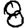
Digit: 8